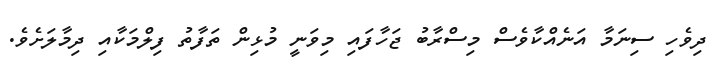
ދިވެހި ސިނަމާ އަނެއްކާވެސް މިސްރާބު ޖަހާފައި މިވަނީ މުޅިން ތަފާތު ފިލްމަކާއި ދިމާލަށެވެ.